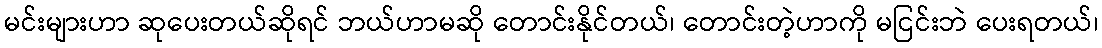
မင်းများဟာ ဆုပေးတယ်ဆိုရင် ဘယ်ဟာမဆို တောင်းနိုင်တယ်၊ တောင်းတဲ့ဟာကို မငြင်းဘဲ ပေးရတယ်၊